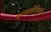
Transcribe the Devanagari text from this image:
इत्यादीविषयी